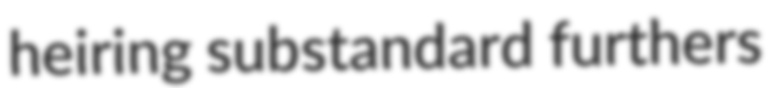
heiring substandard furthers